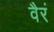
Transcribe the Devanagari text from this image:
वैरं